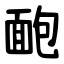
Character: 靤